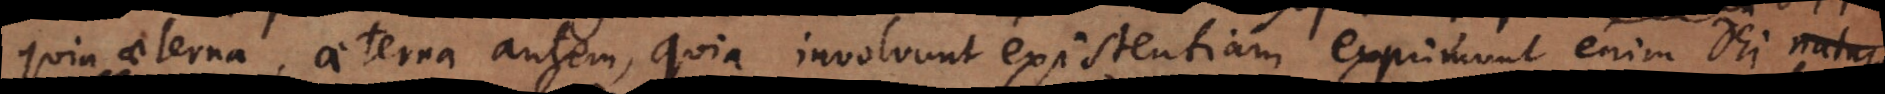
Dei aeterna, aeterna autem, quia involvunt existentiam, exprimunt enim Dei natur